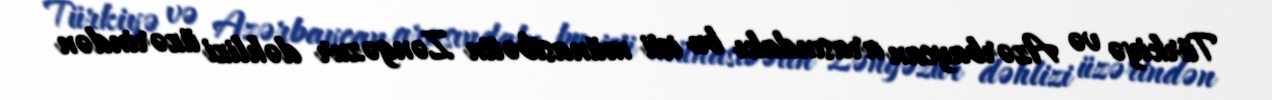
Türkiyə və Azərbaycan arasındakı bu isti münasibətin Zəngəzur dəhlizi üzərindən